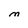
Character: M